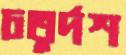
চতুর্দশ